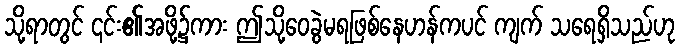
သို့ရာတွင် ၎င်း၏အဖို့၌ကား ဤသို့ဝေခွဲမရဖြစ်နေဟန်ကပင် ကျက် သရေရှိသည်ဟု